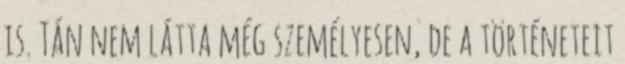
is. Tán nem látta még személyesen, de a történeteit